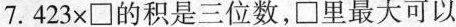
7.423x\Box 的积是三位数，\Box 里最大可以